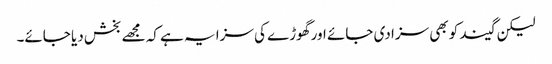
لیکن گیند کو بھی سزا دی جائے اور گھوڑے کی سزا یہ ہے کہ مجھے بخش دیا جائے۔